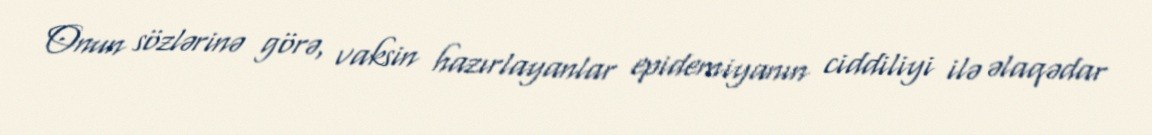
Onun sözlərinə görə, vaksin hazırlayanlar epidemiyanın ciddiliyi ilə əlaqədar